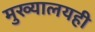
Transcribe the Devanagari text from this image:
मुख्यालयही